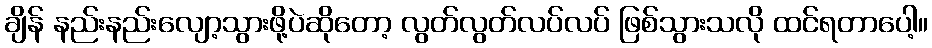
ချိန် နည်းနည်းလျော့သွားဖို့ပဲဆိုတော့ လွတ်လွတ်လပ်လပ် ဖြစ်သွားသလို ထင်ရတာပေါ့။